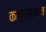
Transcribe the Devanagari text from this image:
कल्पस्थान